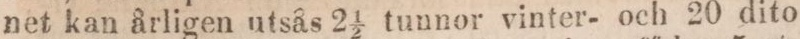
net kan årligen utsås 2 ½ tunnor vinter- och 20 dito